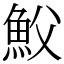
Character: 𩵹